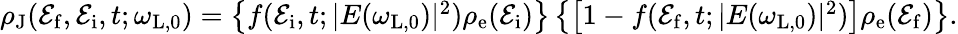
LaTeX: \begin{array}{r}{\rho_{\mathrm{J}}(\mathcal{E}_{\mathrm{f}},\mathcal{E}_{\mathrm{i}},t;\omega_{\mathrm{L,0}})=\left\{ f(\mathcal{E}_{\mathrm{i}},t;|E(\omega_{\mathrm{L,0}})|^{2})\rho_{\mathrm{e}}(\mathcal{E}_{\mathrm{i}})\right\} \left\{ \left[1-f(\mathcal{E}_{\mathrm{f}},t;|E(\omega_{\mathrm{L,0}})|^{2})\right]\rho_{\mathrm{e}}(\mathcal{E}_{\mathrm{f}})\right\} .}\end{array}